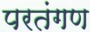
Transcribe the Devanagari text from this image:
परतंगण